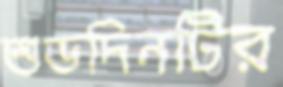
শুভদিনটির